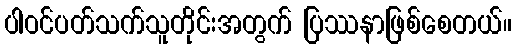
ပါဝင်ပတ်သက်သူတိုင်းအတွက် ပြဿနာဖြစ်စေတယ်။